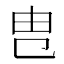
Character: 㕀